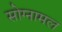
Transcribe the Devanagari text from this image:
सोग्नामल